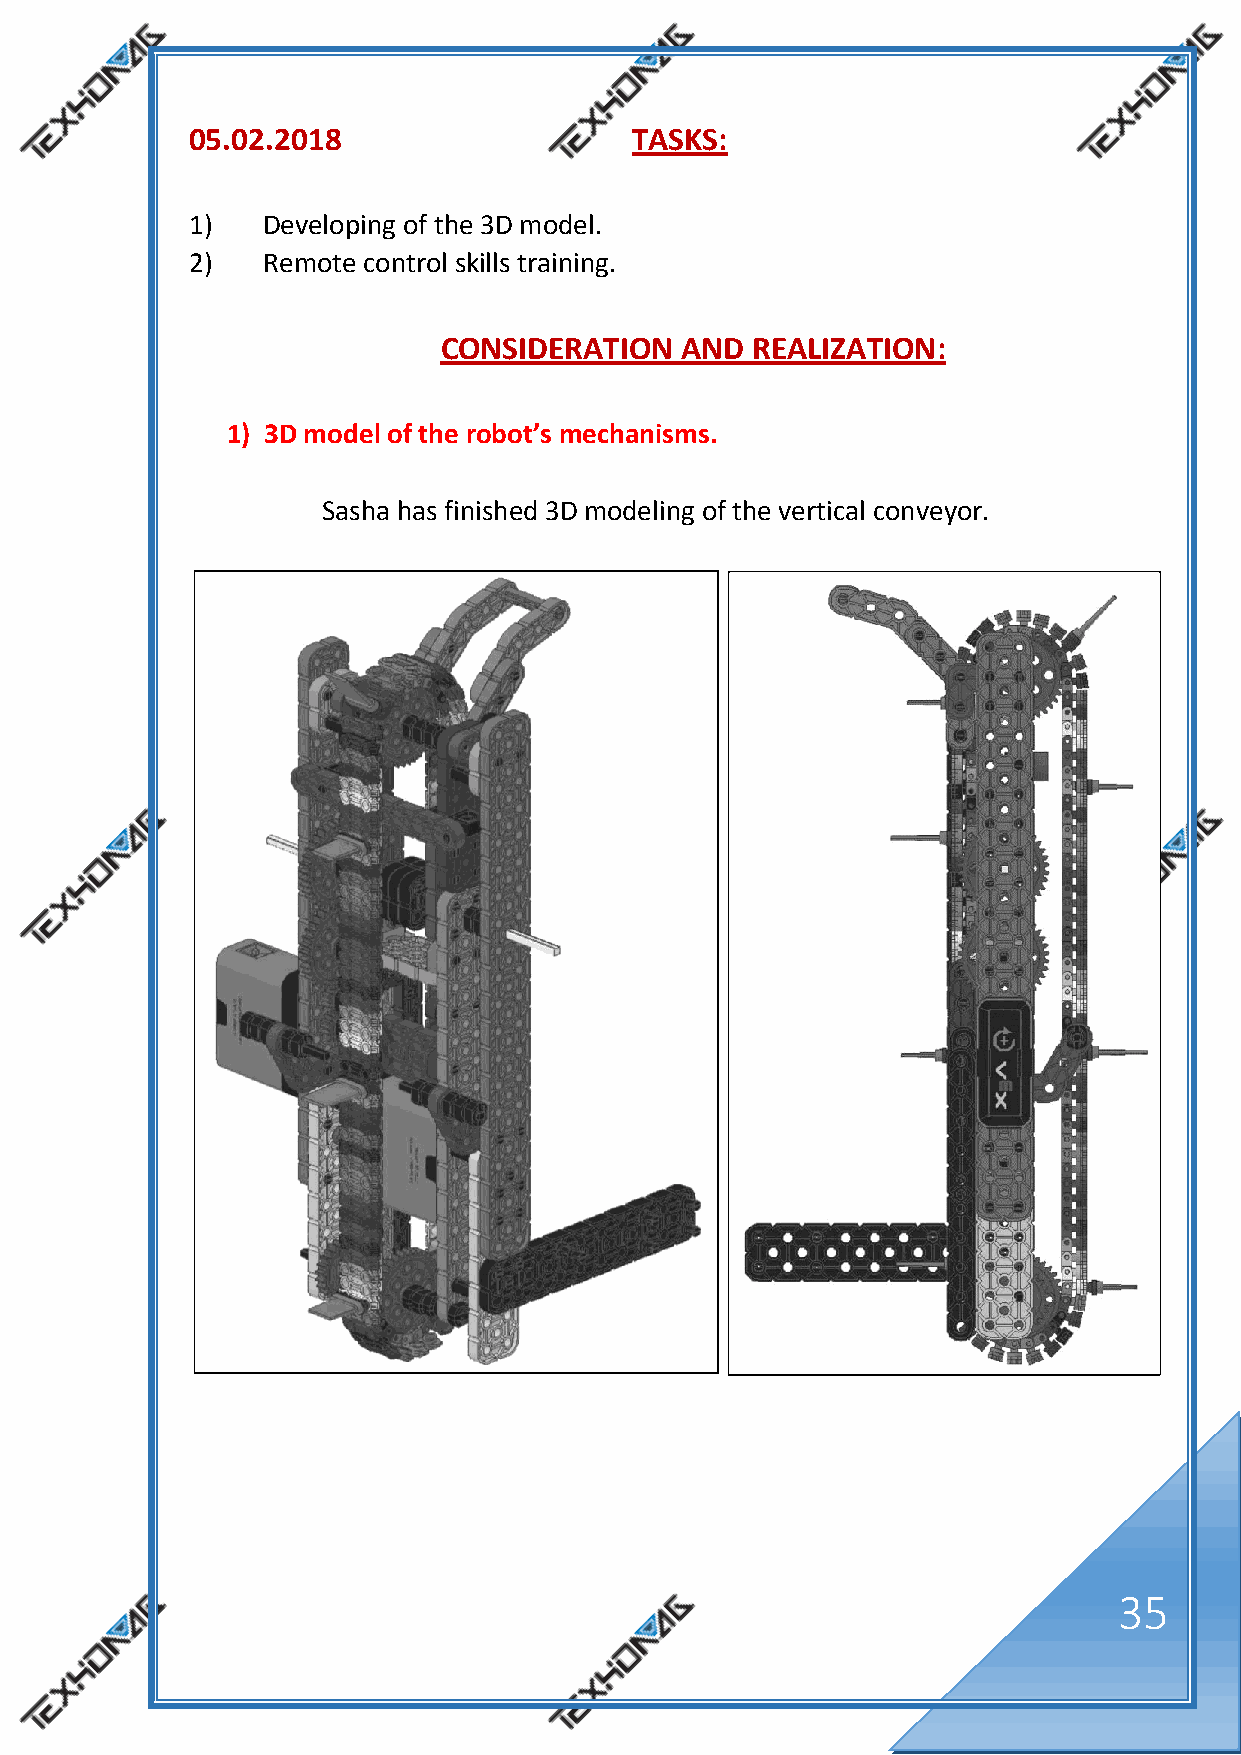
05.02.2018                   TASKS:
 1)  Developing of the 3D model.
 2)  Remote control skills training.
 CONSIDERATION   AND  REALIZATION:
 1) 3D model of the robot’s mechanisms.
 Sasha has finished 3D modeling of the vertical conveyor.
 35